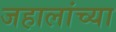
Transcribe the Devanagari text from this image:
जहालांच्या